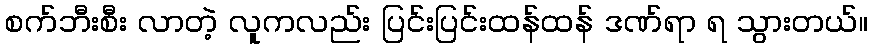
စက်ဘီးစီး လာတဲ့ လူကလည်း ပြင်းပြင်းထန်ထန် ဒဏ်ရာ ရ သွားတယ်။